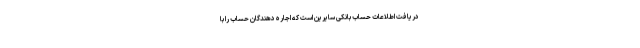
دریافت اطلاعات حساب بانکی سایرین است که اجاره دهندگان حساب‌ را با